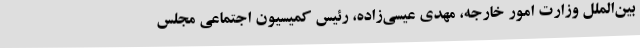
بین‌الملل وزارت امور خارجه، مهدی عیسی‌زاده، رئیس کمیسیون اجتماعی مجلس